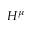
H ^ { \mu }